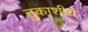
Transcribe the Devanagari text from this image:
तुकाशीयं